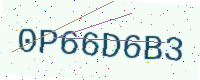
Text: 0P66D6B3